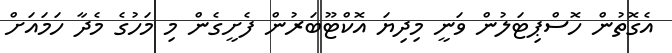
އެގޮތުން ހޮސްޕިޓަލުން ވަނީ މިދިޔަ އޮކްޓޫބަރުން ފެށީގެން މި މަހުގެ މެދާ ހަމައަށް